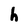
Character: h